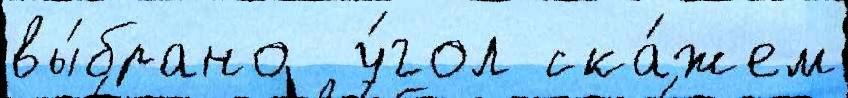
вы́брано  у́гол ска́жем